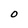
Character: O